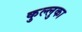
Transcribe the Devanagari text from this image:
कुल्लुका